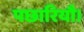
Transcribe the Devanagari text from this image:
पछारियौ।